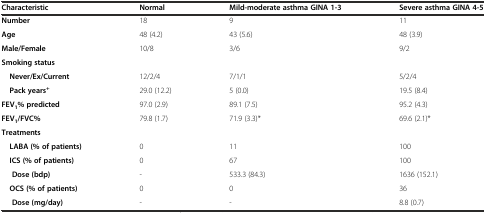
<table><thead><tr><td><b>Characteristic</b></td><td><b>Normal</b></td><td><b>Mild-moderate asthma GINA 1-3</b></td><td><b>Severe asthma GINA 4-5</b></td></tr></thead><tbody><tr><td><b>Number</b></td><td>18</td><td>9</td><td>11</td></tr><tr><td><b>Age</b></td><td>48 (4.2)</td><td>43 (5.6)</td><td>48 (3.9)</td></tr><tr><td><b>Male/Female</b></td><td>10/8</td><td>3/6</td><td>9/2</td></tr><tr><td><b>Smoking status</b></td><td colspan="3"></td></tr><tr><td> <b>Never/Ex/Current</b></td><td>12/2/4</td><td>7/1/1</td><td>5/2/4</td></tr><tr><td> <b>Pack years</b><sup><b>+</b></sup></td><td>29.0 (12.2)</td><td>5 (0.0)</td><td>19.5 (8.4)</td></tr><tr><td><b>FEV</b><sub><b>1</b></sub><b>% predicted</b></td><td>97.0 (2.9)</td><td>89.1 (7.5)</td><td>95.2 (4.3)</td></tr><tr><td><b>FEV</b><sub><b>1</b></sub><b>/FVC%</b></td><td>79.8 (1.7)</td><td>71.9 (3.3)*</td><td>69.6 (2.1)*</td></tr><tr><td><b>Treatments</b></td><td></td><td></td><td></td></tr><tr><td> <b>LABA (% of patients)</b></td><td>0</td><td>11</td><td>100</td></tr><tr><td> <b>ICS (% of patients)</b></td><td>0</td><td>67</td><td>100</td></tr><tr><td><b>Dose (bdp)</b></td><td>-</td><td>533.3 (84.3)</td><td>1636 (152.1)</td></tr><tr><td> <b>OCS (% of patients)</b></td><td>0</td><td>0</td><td>36</td></tr><tr><td><b>Dose (mg/day)</b></td><td>-</td><td>-</td><td>8.8 (0.7)</td></tr></tbody></table>